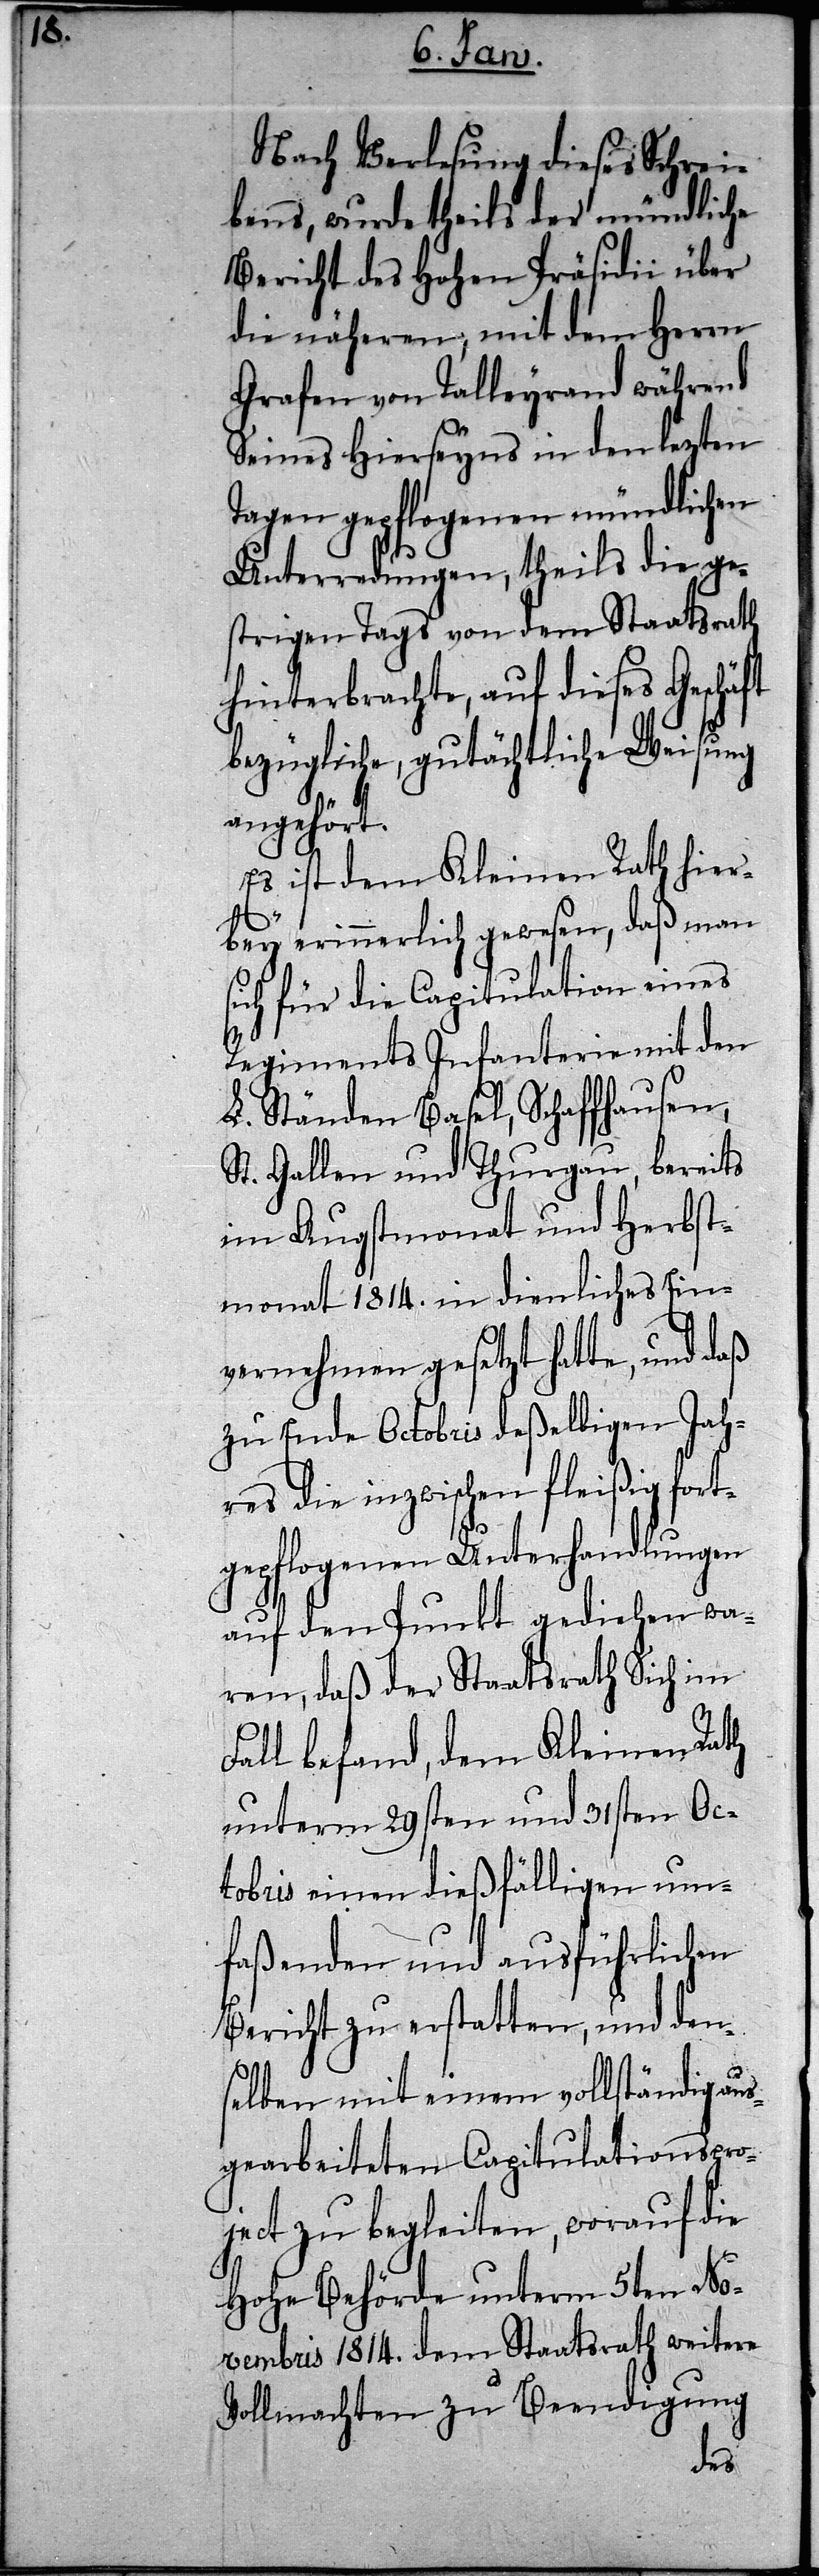
s¬

Nach Verlesung dieses Schrei¬
bens, wurde theils der mündliche
Bericht des Hohen Präsidii über
die näheren, mit dem Herrn
Grafen von Talleyrand während
Seines Hierseyns in den lezten
Tagen gepflogenen mündlichen
Unterredungen, theils die ge¬
strigen Tags von dem Staatsrath
hinterbrachte, auf dieses Geschä¬
bezügliche, gutächtliche Weisung
angehört.
Es ist dem Kleinen Rath hier¬
bey erinnerlich gewesen, daß man
ich für die Capitulation eines
Regiments Infanterie mit den
L. Ständen Basel, Schaffhausen,
St. Gallen und Thurgau, bereits
im Augstmonat und Herbst¬
monat 1814. in dienliches Ein¬
vernehmen gesetzt hatte, und daß
zu Ende Octobris deßelbigen Jah¬
res die inzwischen fleißig fort¬
gepflogenen Unterhandlungen
auf den Punkt gediehen wa¬
ren, daß der Staatsrath sich im
Fall befand, dem Kleinen Rath
unterm 29sten und 31sten Oc¬
tobris einen dießfälligen um¬
faßenden und ausführlichen
Bericht zu erstatten, und den¬
selben mit einem vollständig au¬
sgearbeiteten Capitulationspro¬
ject zu begleiten, worauf die
Hohe Behörde unterm 5ten No¬
vembris 1814. dem Staatsrath weitere
Vollmachten zu Beendigung